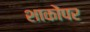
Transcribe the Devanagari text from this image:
शाकोंपर